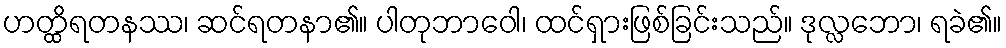
ဟတ္ထိရတနဿ၊ ဆင်ရတနာ၏။ ပါတုဘာဝေါ၊ ထင်ရှားဖြစ်ခြင်းသည်။ ဒုလ္လဘော၊ ရခဲ၏။